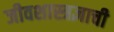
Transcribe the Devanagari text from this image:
जीवशास्त्रज्ञाची